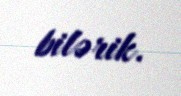
bilərik.